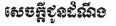
សេចក្ដីជូនដំណឹង